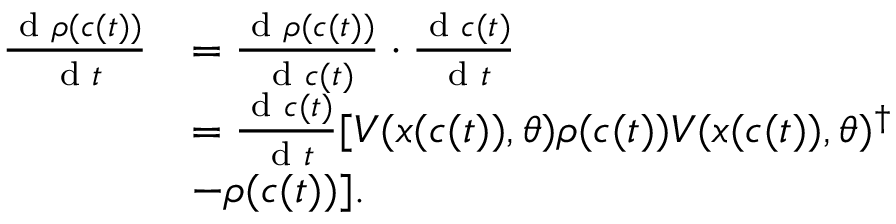
\begin{array} { r l } { \frac { \textrm { d } \rho ( c ( t ) ) } { \textrm { d } t } } & { = \frac { \textrm { d } \rho ( c ( t ) ) } { \textrm { d } c ( t ) } \cdot \frac { \textrm { d } c ( t ) } { \textrm { d } t } } \\ & { = \frac { \textrm { d } c ( t ) } { \textrm { d } t } [ V ( x ( c ( t ) ) , \theta ) \rho ( c ( t ) ) V ( x ( c ( t ) ) , \theta ) ^ { \dagger } } \\ & { - \rho ( c ( t ) ) ] . } \end{array}